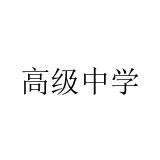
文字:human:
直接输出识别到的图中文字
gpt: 高级中学